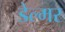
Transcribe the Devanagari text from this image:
डेल्मर